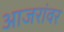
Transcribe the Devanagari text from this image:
आजरांवर